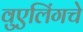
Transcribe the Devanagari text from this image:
वुएलिंगचे